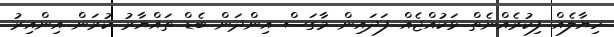
ހިޔާލެއް ފިކުރެއްނެތް ޅަކުއްޖެއް ފަދައިން މާގަސް އިންދަން ބެޑް ތައްޔާރު ކުރަން އިންއިރު